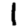
Digit: 1